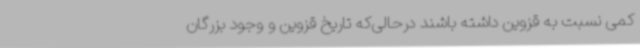
کمی نسبت به قزوین داشته باشند درحالی‌که تاریخ قزوین و وجود بزرگان